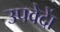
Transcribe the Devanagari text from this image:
उपवेदाें